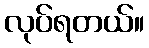
လုပ်ရတယ်။